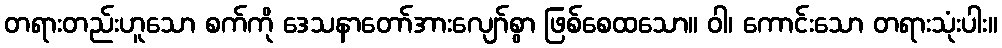
တရားတည်းဟူသော စက်ကို ဒေသနာတော်အားလျော်စွာ ဖြစ်စေထသော။ ဝါ၊ ကောင်းသော တရားသုံးပါး။